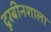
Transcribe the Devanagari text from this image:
दूरबीनशाला